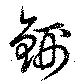
鉶